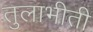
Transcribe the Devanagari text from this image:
तुलाभीती